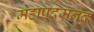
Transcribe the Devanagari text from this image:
महापदमनंद